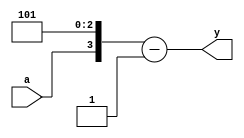
module test(input a, output [3:0] y);
assign y = {a,3'b101} - 1'b1;
endmodule